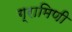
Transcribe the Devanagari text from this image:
ग्रामिणी